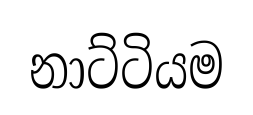
නාට්ටියම